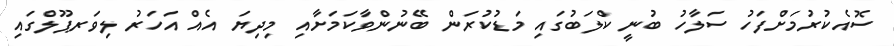
ސޮއެކުރުމަށްފަހު ސަލާހު ބުނީ ކްލަބުގައި މަޑުކުރަން ބޭނުންވާކަމަށާއި މިދިޔަ އެއް އަހަރު ލިވަރޕޫލްގައި